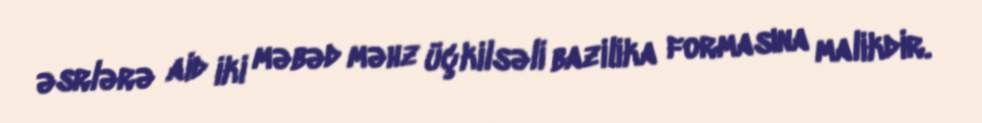
əsrlərə aid iki məbəd məhz üçkilsəli bazilika formasına malikdir.